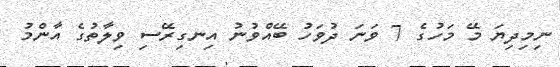
ނިމިދިޔަ މޭ މަހުގެ 7 ވަނަ ދުވަހު ބޭއްވުނު އިނގިރޭސި ވިލާތުގެ އާންމު